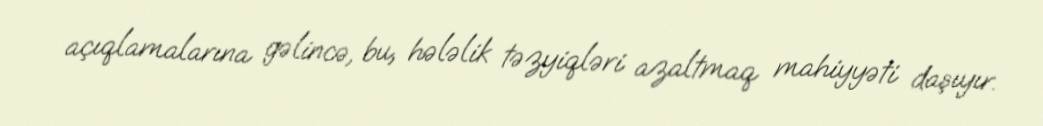
açıqlamalarına gəlincə, bu, hələlik təzyiqləri azaltmaq mahiyyəti daşıyır.